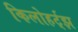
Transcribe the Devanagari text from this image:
किलोहर्ट्‌झ